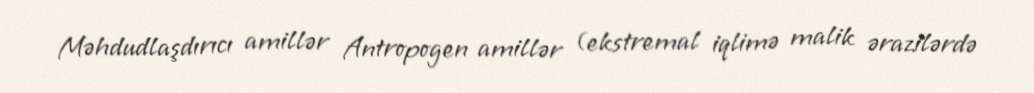
Məhdudlaşdırıcı amillər Antropogen amillər (ekstremal iqlimə malik ərazilərdə